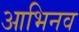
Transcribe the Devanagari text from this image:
आभिनव